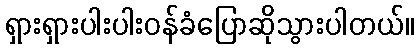
ရှားရှားပါးပါးဝန်ခံပြောဆိုသွားပါတယ်။